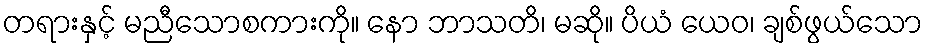
တရားနှင့် မညီသောစကားကို။ နော ဘာသတိ၊ မဆို။ ပိယံ ယေဝ၊ ချစ်ဖွယ်သော